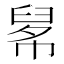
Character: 𦥱